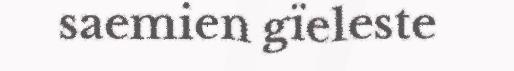
saemien gïeleste